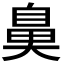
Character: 𮮱